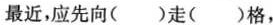
最近，应先向( )走( )格，